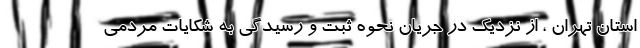
استان تهران ، از نزدیک در جریان نحوه ثبت و رسیدگی به شکایات مردمی